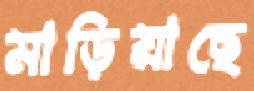
মাড়িয়াছে